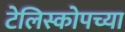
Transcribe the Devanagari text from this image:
टेलिस्कोपच्या